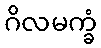
ဂိလမက္ခံ